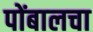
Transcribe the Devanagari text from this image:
पोंबालचा